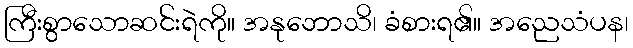
ကြီးစွာသောဆင်းရဲကို။ အနုဘောသိ၊ ခံစားရ၏။ အညေသံပန၊